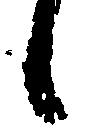
候